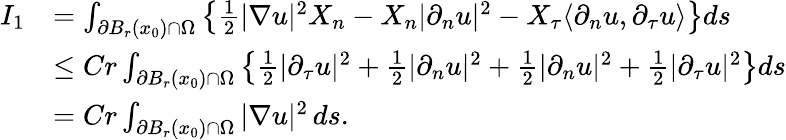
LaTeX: \begin{array}{rl}{I_{1}}&{=\int_{\partial B_{r}(x_{0})\cap\Omega}\left\{ \frac{1}{2}|\nabla u|^{2}X_{n}-X_{n}|\partial_{n}u|^{2}-X_{\tau}\langle\partial_{n}u,\partial_{\tau}u\rangle\right\} ds}\\ &{\leq Cr\int_{\partial B_{r}(x_{0})\cap\Omega}\left\{ \frac{1}{2}|\partial_{\tau}u|^{2}+\frac{1}{2}|\partial_{n}u|^{2}+\frac{1}{2}|\partial_{n}u|^{2}+\frac{1}{2}|\partial_{\tau}u|^{2}\right\} ds}\\ &{=Cr\int_{\partial B_{r}(x_{0})\cap\Omega}|\nabla u|^{2}\, ds.}\end{array}